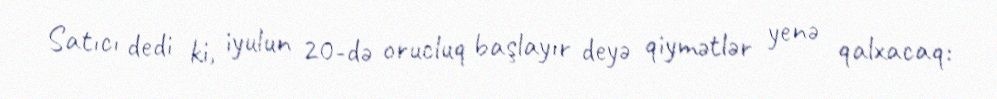
Satıcı dedi ki, iyulun 20-də orucluq başlayır deyə qiymətlər yenə qalxacaq: